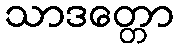
သာဒတ္တော